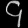
Digit: ၄